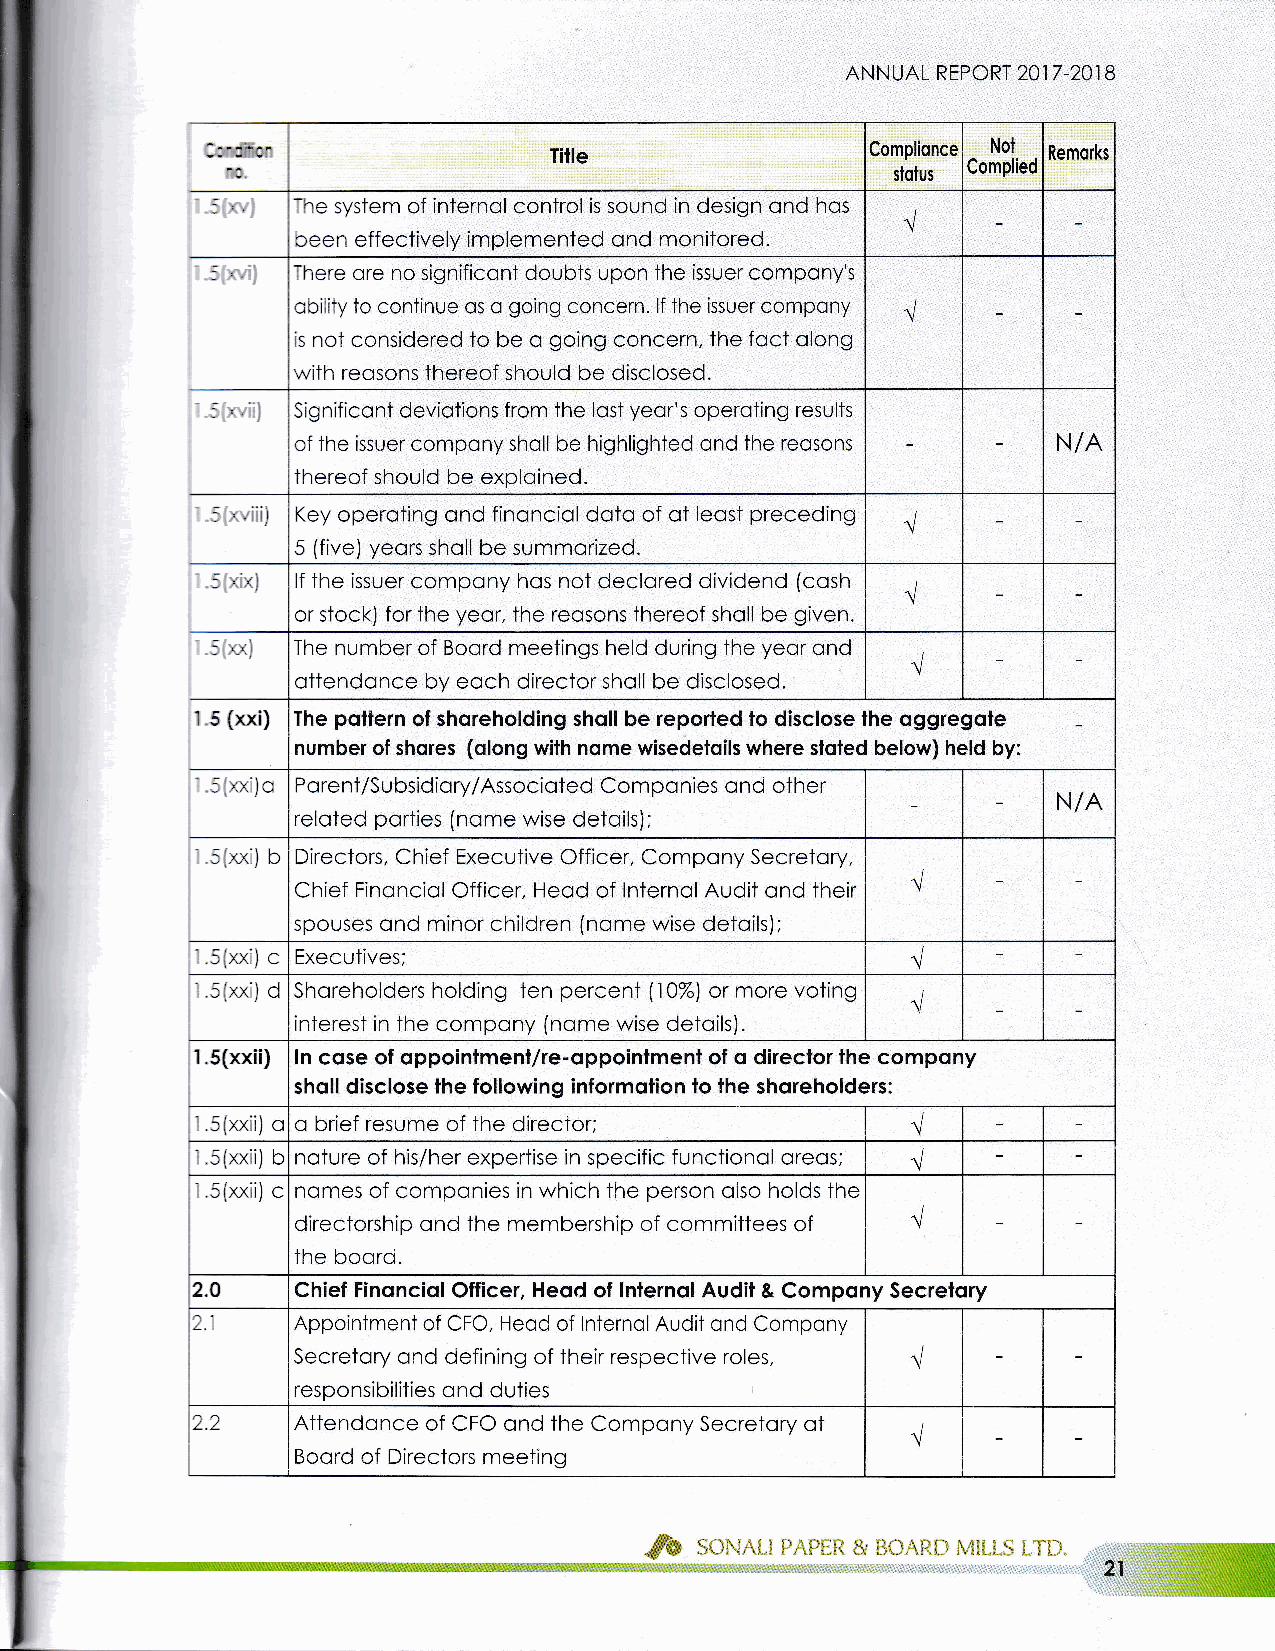
AN N UAL REPORT 201 7 -201 B
 Title                 Complionce Not Remorks
 Complied
 slotus
 The system of internol control is sound in design ond hos
 been effectively implemented ond monitored.
 Ihere ore no significont doubts upon the issuer compony's
 obility to continue os o going concern. lf the issuer compony l
 is not considered to be o Eoing concern. the foct olong
 with reosons thereof should be disclosed.
 Significont deviotions from the lost yeor's operoting results
 of the issuer compony sholl be highlighted ond the reosons N/A
 thereof should be exploined.
 Key operoting ond finonciol doto of ot leost preceding
 5 (five) yeors sholl be summorized.
 lf the issuer compony hos not declored dividend (cosh
 or stock) for the yeor. the reosons thereof sholl be given
 The number of Boord meetings held during the yeor ond
 ottendonce by eoch director sholl be disclosed.
 1.5 (xxi) The poltern of shoreholding sholl be reporled lo disclose lhe oggregole
 number of shores (olong wilh nome wisedeloils where sloled below) held by:
 -- , ri\a Porent/Subsidiory/Associoted Componies ond other
 N/A
 reloted porties (nome wise deioils);
 s{rcd) b Directors, Chief Executive Officer, Compony Secretory,
 Chief Finonciol Officer, Heod of lnternol Audit ond their
 spouses ond minor children (nome wise detoils);
 ' i-'v vil /"n Executives;
 S{xxi) d Shoreholders holding ten percent (10%) or more voting
 interest in the compony (nome wise detoils).
 '1.5(xxii) ln cqse of oppoinlment/re-oppointment of o direclor the compony
 sholl disclose lhe following informotion to the shqreholders:
 1.5(xxii) o o brief resume of the director;
 '.5(xxii)
 b noture of his/her expertise in specific functionol oreos;
 -.5(xxii)
 c nomes of compcrnies in which the person olso holds the
 directorship ond the membership of committees of
 the boord.
 2.0    Chief Finonciol Officer, Heod of lnternolAudit & Compony Secrelory
 L.1    Appointment of CFC, Heod of lnternolAudit ond Compony
 Secretory ond defining of their respective roles.
 responsibilities ond duties
 2.2    Attendonce of CFO ond the Compony Secretory ot
 Boord of Directors meeting
 Jb
 soNnLr PAPER & BoARD MrLLs LTD,
 t
 atii1jlilii:{'f,++lj{"n-